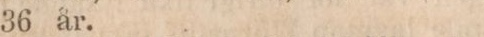
36 år.